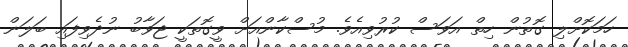
ހަމަކޮށްލި ގޮތުން ހިތް އަވަސް ކުރުވިއެވެ. މުސްކާންއަށް ވީގޮތަކީ ޖަވާބު ނުދެވިފައި ބަލަން